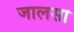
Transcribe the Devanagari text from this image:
जालसा